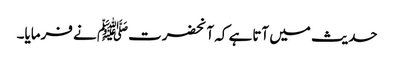
حدیث میں آتاہے کہ آنحضرتﷺ نے فرمایا۔